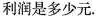
利润是多少元.